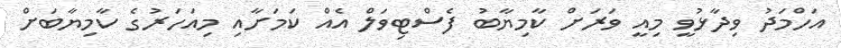
އަހްމަދު ވިދާޅުވީ މިއީ ވަރަށް ކާމިޔާބު ފެސްޓިވަލް އެއް ކަމަށާއި މިއަހަރުގެ ކާމިޔާބަށް